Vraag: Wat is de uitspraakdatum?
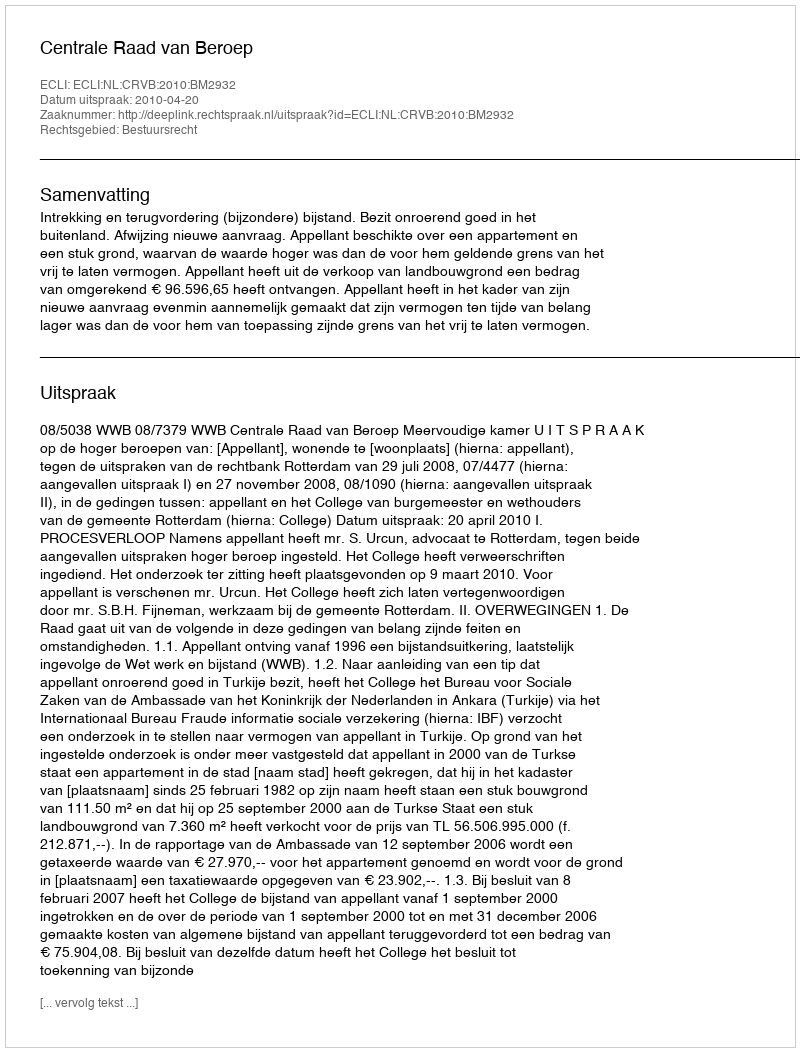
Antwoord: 2010-04-20